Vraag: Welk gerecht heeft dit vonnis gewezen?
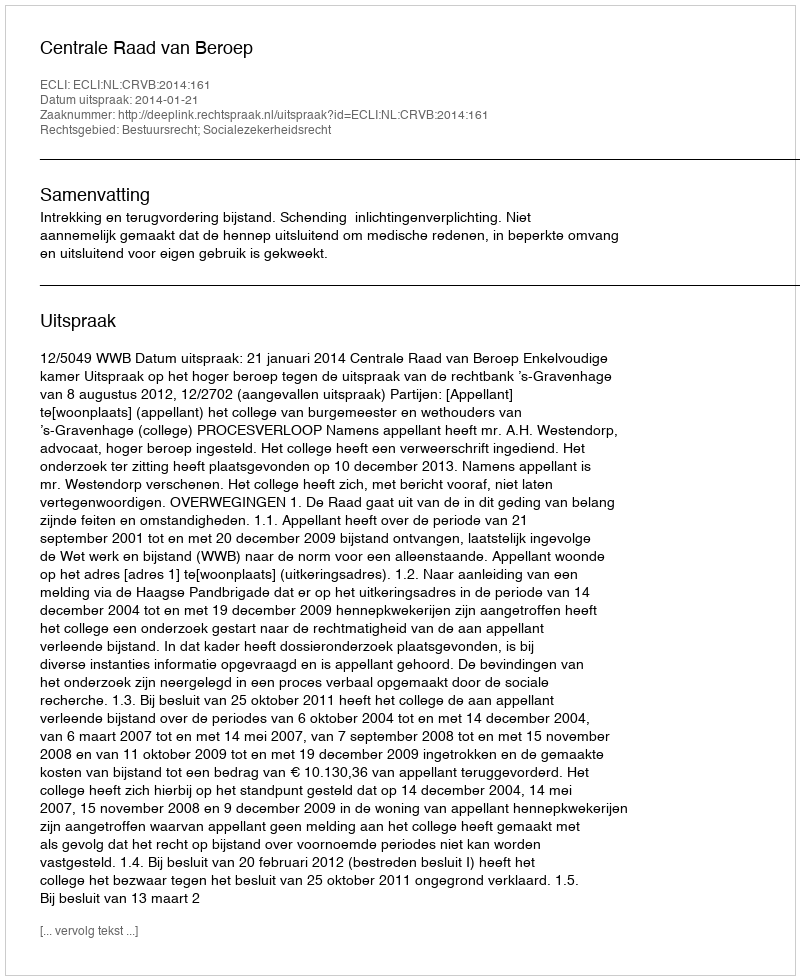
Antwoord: Centrale Raad van Beroep